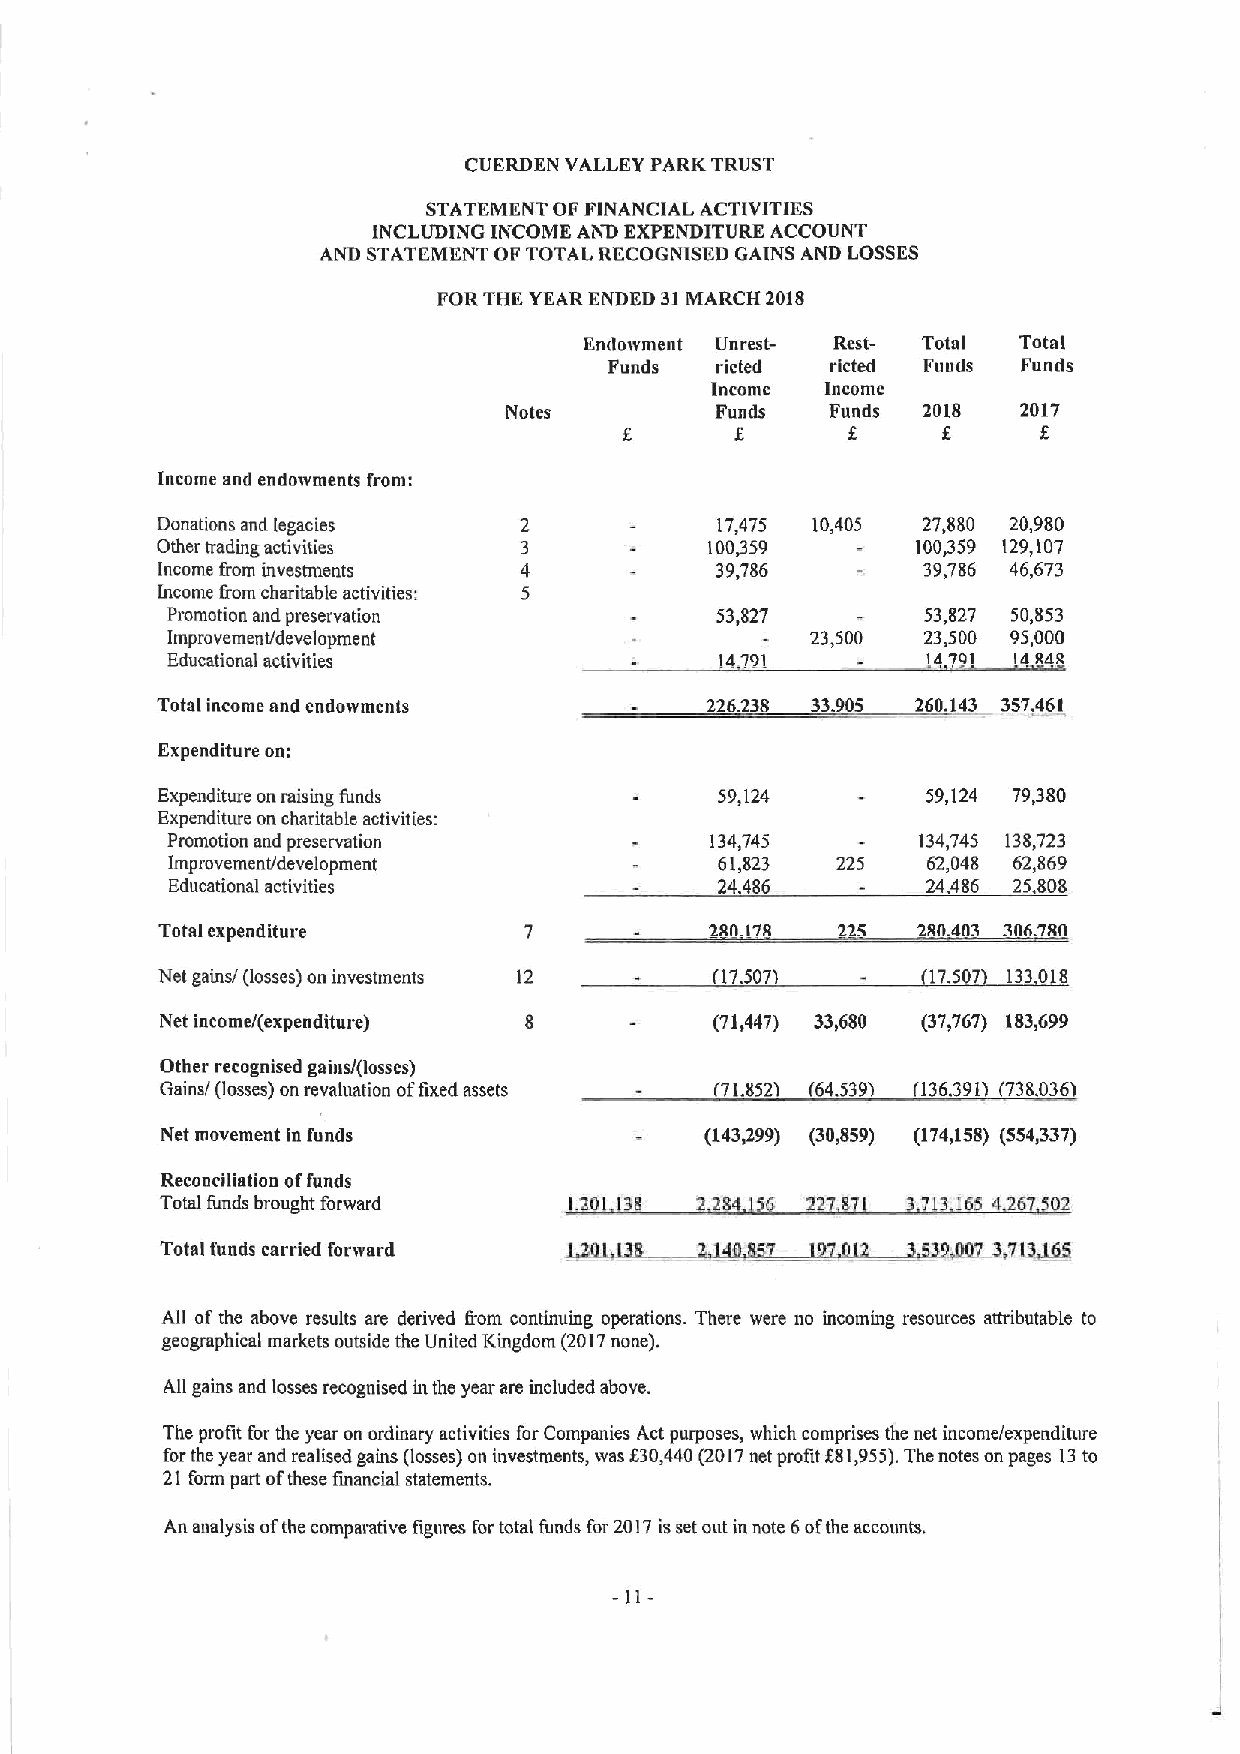
CUERDEN VALLEY PARK TRUST
 STATEMENT OF FINANCIAL ACTIVITIES
 INCLUDING INCO1VIE AND EXPENDITURE ACCOUNT
 AND STATEMENT OF TOTAL RECOGNISED GAINS AND LOSSES
 FORTHE YEAR ENDED 31MARCH 2018
 Eniloivment Unrest- Rest- Total Total
 Funds  ricted  ricted Funds Funds
 Income  Income
 Notes         Funds   Funds 2018   2017
 f      f     f      f
 Income and endoivments from:
 Donations and legacies               17,475 10,405 27,880 20,980
 Other trading activities             100,359       100,359 129,107
 Income from investments              39,786        39,786 46,673
 hicome Irom charitable activities:
 Promotion and preservation          53,827        53,827 50,853
 Improvement/development                    23,500 23,500 95,000
 Educational activities               14791        147Q1 14a4a
 Total income and endowments          226238 33.905 260.143 357.461
 Expenditure oo:
 Expenditure on raising funds          59,124       59,124 79,380
 Expenditure on charitable activities:
 Promotion and preservation          134,745       134,745 138,723
 Improvement/development              61,823 225   62,048 62,869
 Educational activities               24.486       24,486 25,808
 Total expenditure                    280.178 225   280.403 306.780
 Net gains/ (losses) on investments 12 1'17.507'I -  17507 133018
 Net income/(expenditure)            (71,447) 33)680 (37)767) 183,699
 Other recognised gains/(losses)
 Gains/ (losses) on revaluation offixed assets 1'71.8521 (64.539) (136.391) (738.0361
 Net movement in funds               (143899) (30,859) (174,158) (554,337)
 Reconciliation offunds
 Total funds brought forward I201 138 2284 156 227 871 3713165 4267502
 Total funds carried forward
 All ofthe above results are derived (rom continuing operations. There were no incoming resources attributable to
 geographical markets outside the United Kingdom (2017none).
 All gains and losses recognised in the year are included above.
 The profit for the year on ordinary activities for Companies Act purposes, which comprises the net income/expendintre
 forthe year and realised gains (losses) on investments, was f30,440(2017net profit f 81,955).The notes an pages 13to
 21 form part ofthese financial statements.
 An aualysis ofthe compamtive figures fortotal funds for 2017isset out in note 6ofthe accounts.
 11-